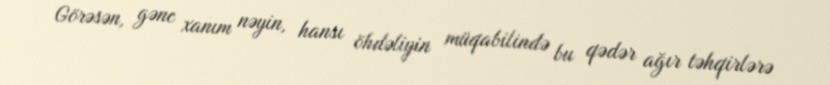
Görəsən, gənc xanım nəyin, hansı öhdəliyin müqabilində bu qədər ağır təhqirlərə